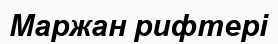
Маржан рифтері